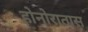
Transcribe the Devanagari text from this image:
होनोरातास